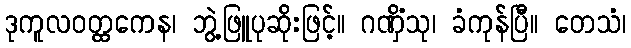
ဒုကူလဝတ္ထကေန၊ ဘွဲ့ဖြူပုဆိုးဖြင့်။ ဂဏှိံသု၊ ခံကုန်ပြီ။ တေသံ၊